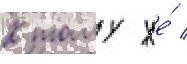
К тому же́ /